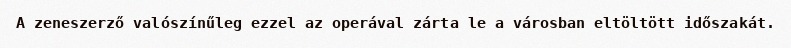
A zeneszerző valószínűleg ezzel az operával zárta le a városban eltöltött időszakát.